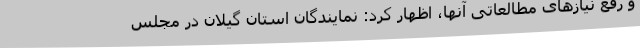
و رفع نیازهای مطالعاتی آنها، اظهار کرد: نمایندگان استان گیلان در مجلس